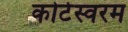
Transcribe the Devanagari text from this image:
कोटेस्वरम